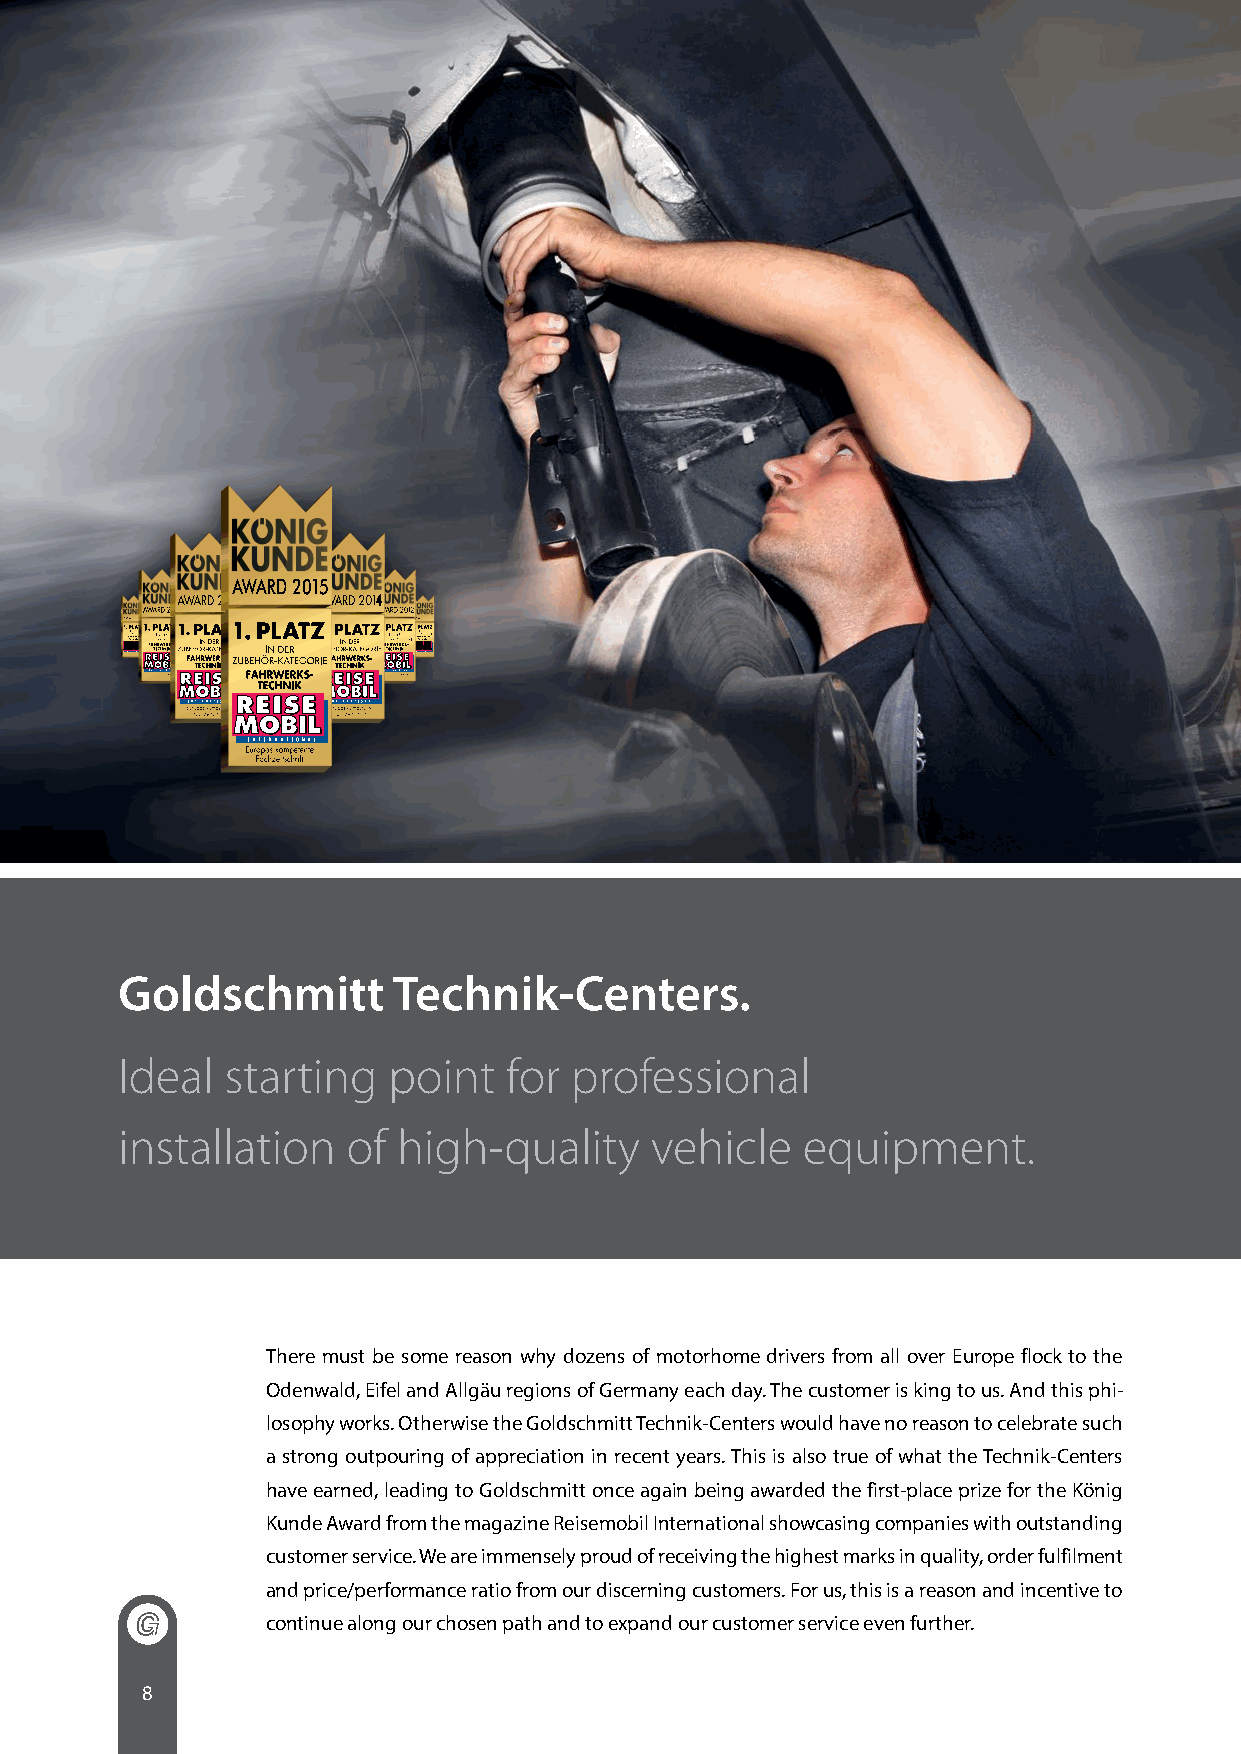
Goldschmitt       Technik-Centers.
 Ideal  starting   point  for  professional
 installation   of high-quality     vehicle   equipment.
 There must be some reason why dozens of motorhome drivers from all over Europe flock to the
 Odenwald, Eifel and Allgäu regions of Germany each day. The customer is king to us. And this phi-
 losophy works. Otherwise the Goldschmitt Technik-Centers would have no reason to celebrate such
 a strong outpouring of appreciation in recent years. This is also true of what the Technik-Centers
 have earned, leading to Goldschmitt once again being awarded the first-place prize for the König
 Kunde Award from the magazine Reisemobil International showcasing companies with outstanding
 customer service. We are immensely proud of receiving the highest marks in quality, order fulfilment
 and price/performance ratio from our discerning customers. For us, this is a reason and incentive to
 continue along our chosen path and to expand our customer service even further.
 8